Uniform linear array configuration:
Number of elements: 16
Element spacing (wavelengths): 0.75
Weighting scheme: kaiser
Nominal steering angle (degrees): -45
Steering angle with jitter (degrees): -46.724
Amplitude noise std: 0.05
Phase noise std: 0.05

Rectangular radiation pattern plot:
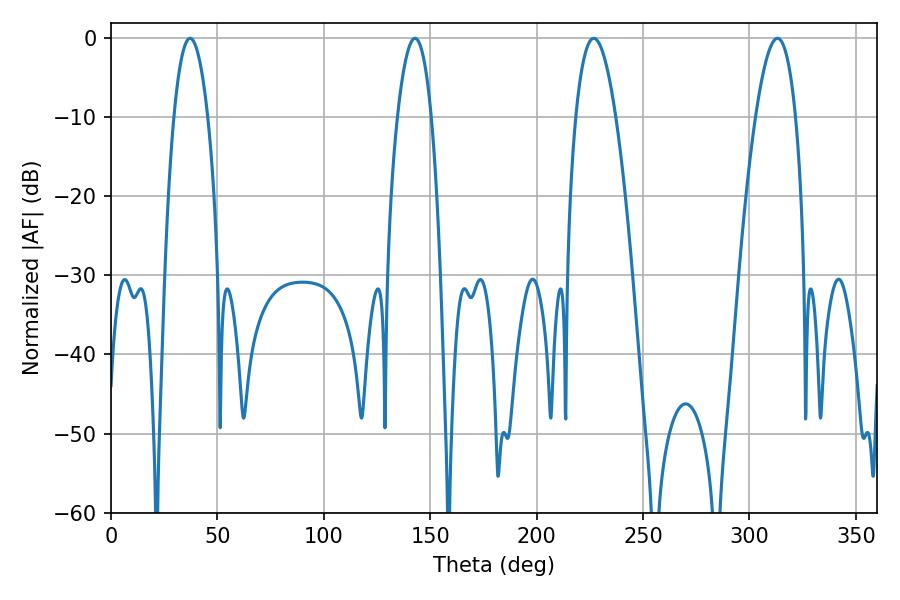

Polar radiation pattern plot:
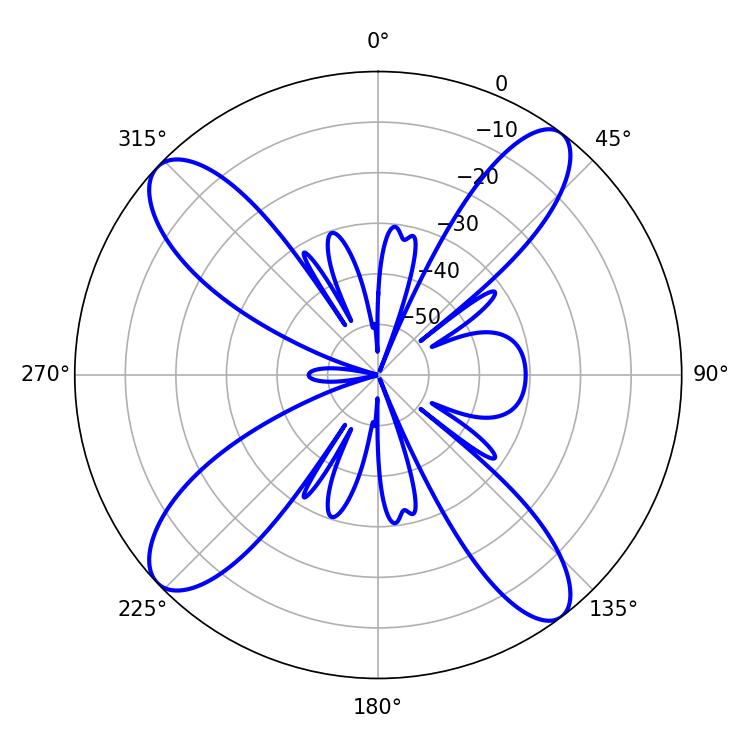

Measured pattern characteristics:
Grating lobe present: TRUE
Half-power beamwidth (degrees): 10.26
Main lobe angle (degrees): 226.8